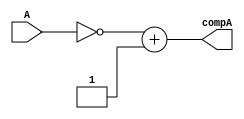
`timescale 1ns / 1ps
//////////////////////////////////////////////////////////////////////////////////
// Group: 21 
// Engineers: P. Godhani & D. Saha
// Module Name:    complementor 
// Description: 	 32-Bit 2's Complementing Unit 
//
//////////////////////////////////////////////////////////////////////////////////
module Complementor(A, compA);
	input [31:0] A;
	output [31:0] compA;
	
	assign compA = ~A + 32'b1;

endmodule